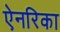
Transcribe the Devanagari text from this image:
ऐनरिका